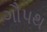
ગૌપથ